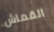
القماش